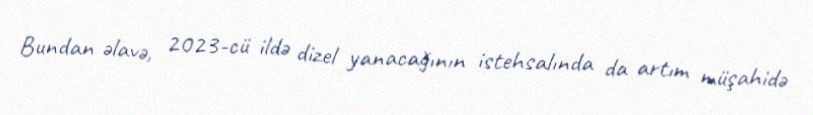
Bundan əlavə, 2023-cü ildə dizel yanacağının istehsalında da artım müşahidə